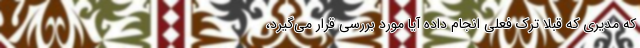
که مدیری که قبلا ترک فعلی انجام داده آیا مورد بررسی قرار می‌گیرد،